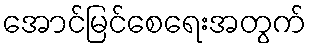
အောင်မြင်စေရေးအတွက်